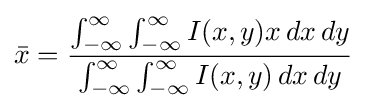
{\bar {x}}={\frac {\int _{-\infty }^{\infty }\int _{-\infty }^{\infty }I(x,y)x\,dx\,dy}{\int _{-\infty }^{\infty }\int _{-\infty }^{\infty }I(x,y)\,dx\,dy}}